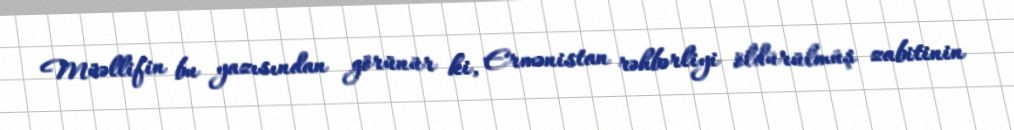
Müəllifin bu yazısından görünür ki, Ermənistan rəhbərliyi öldürülmüş zabitinin